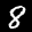
Label: 8